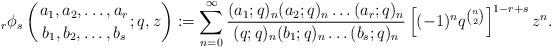
LaTeX: \begin{align*}_r\phi_s\left(\genfrac{}{}{0pt}{}{a_1,a_2,\dots,a_r}{b_1,b_2,\dots,b_s};q,z\right):=\sum_{n=0}^\infty \frac{(a_1;q)_n(a_2;q)_n\dots (a_r;q)_n}{(q;q)_n(b_1;q)_n\dots(b_s;q)_n}\left[(-1)^nq^{n\choose 2}\right]^{1-r+s}z^n.\end{align*}